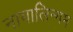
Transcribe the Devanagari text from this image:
नागालिन्गम